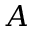
A